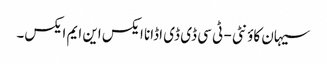
سیہان کاؤنٹی - ٹی سی ڈی ڈی اڈانا ایکس این ایم ایکس۔